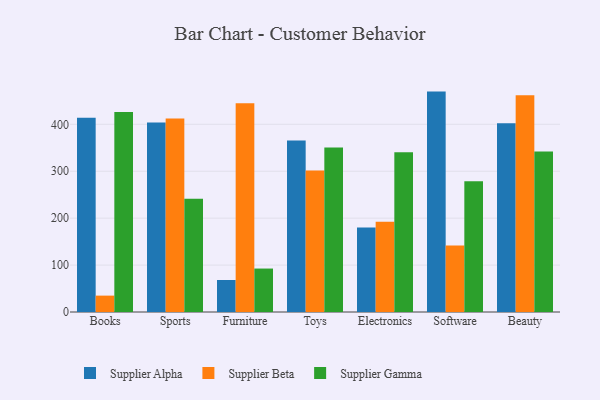
{"axis": {"x": "Category", "y": "Page Views"}, "legend": ["Supplier Alpha", "Supplier Beta", "Supplier Gamma"], "data": [{"x": "Books", "y": 414.2, "type": "Supplier Alpha"}, {"x": "Books", "y": 34.9, "type": "Supplier Beta"}, {"x": "Books", "y": 426.3, "type": "Supplier Gamma"}, {"x": "Sports", "y": 403.8, "type": "Supplier Alpha"}, {"x": "Sports", "y": 412.3, "type": "Supplier Beta"}, {"x": "Sports", "y": 241.6, "type": "Supplier Gamma"}, {"x": "Furniture", "y": 68.2, "type": "Supplier Alpha"}, {"x": "Furniture", "y": 444.9, "type": "Supplier Beta"}, {"x": "Furniture", "y": 92.6, "type": "Supplier Gamma"}, {"x": "Toys", "y": 365.3, "type": "Supplier Alpha"}, {"x": "Toys", "y": 301.4, "type": "Supplier Beta"}, {"x": "Toys", "y": 350.5, "type": "Supplier Gamma"}, {"x": "Electronics", "y": 179.9, "type": "Supplier Alpha"}, {"x": "Electronics", "y": 192.6, "type": "Supplier Beta"}, {"x": "Electronics", "y": 340.5, "type": "Supplier Gamma"}, {"x": "Software", "y": 469.7, "type": "Supplier Alpha"}, {"x": "Software", "y": 141.5, "type": "Supplier Beta"}, {"x": "Software", "y": 278.8, "type": "Supplier Gamma"}, {"x": "Beauty", "y": 402.2, "type": "Supplier Alpha"}, {"x": "Beauty", "y": 461.9, "type": "Supplier Beta"}, {"x": "Beauty", "y": 341.8, "type": "Supplier Gamma"}]}